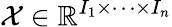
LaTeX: \mathcal{X}\in\mathbb{R}^{I_{1}\times\dots\times I_{n}}